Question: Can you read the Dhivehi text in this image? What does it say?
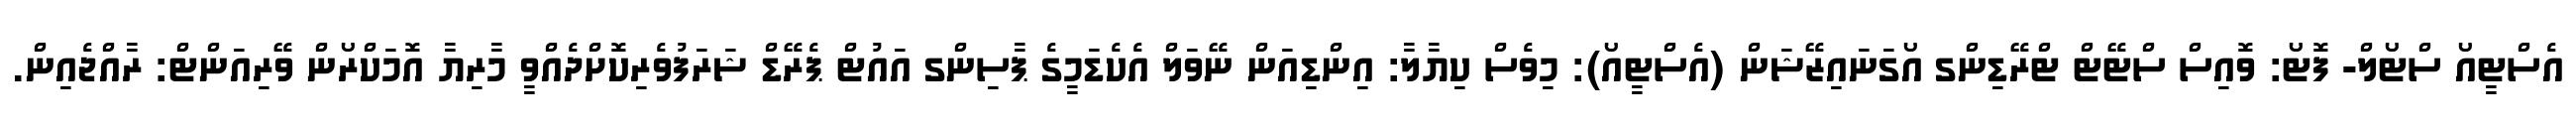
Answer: އެސްޓީއޯ ސްޓޯލް- ފޮޓޯ: ވޮއިސް ސްޓޭޓް ޓްރޭޑިންގ އޯގަނައިޒޭޝަން (އެސްޓީއޯ): މިވެސް ކިޔާލާ: އިންޑިއަން ނޭވަލް އެކެޑަމީގެ ޕާސިންގ އައުޓް ޕެރޭޑް ޝަރަފުވެރިކޮށްދެއްވީ މާރިޔާ އޮމަކްރޯން ވޭރިއަންޓް: ރާއްޖެއިން.